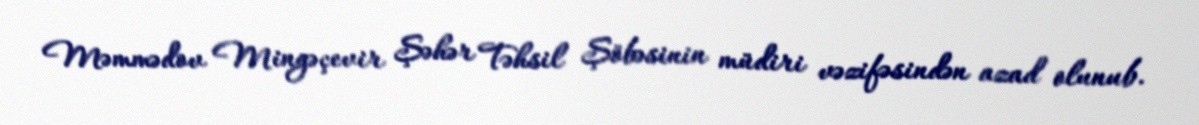
Məmmədov Mingəçevir Şəhər Təhsil Şöbəsinin müdiri vəzifəsindən azad olunub.